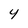
Character: 4